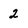
Character: 2